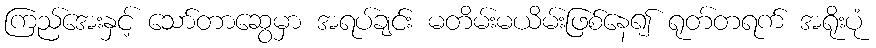
ကြည်အေးနှင့် သော်တာဆွေမှာ အရပ်ချင်း မတိမ်းမယိမ်းဖြစ်နေ၍ ရုတ်တရက် အရိုးပုံ